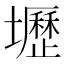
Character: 壢